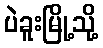
ပဲခူးမြို့သို့